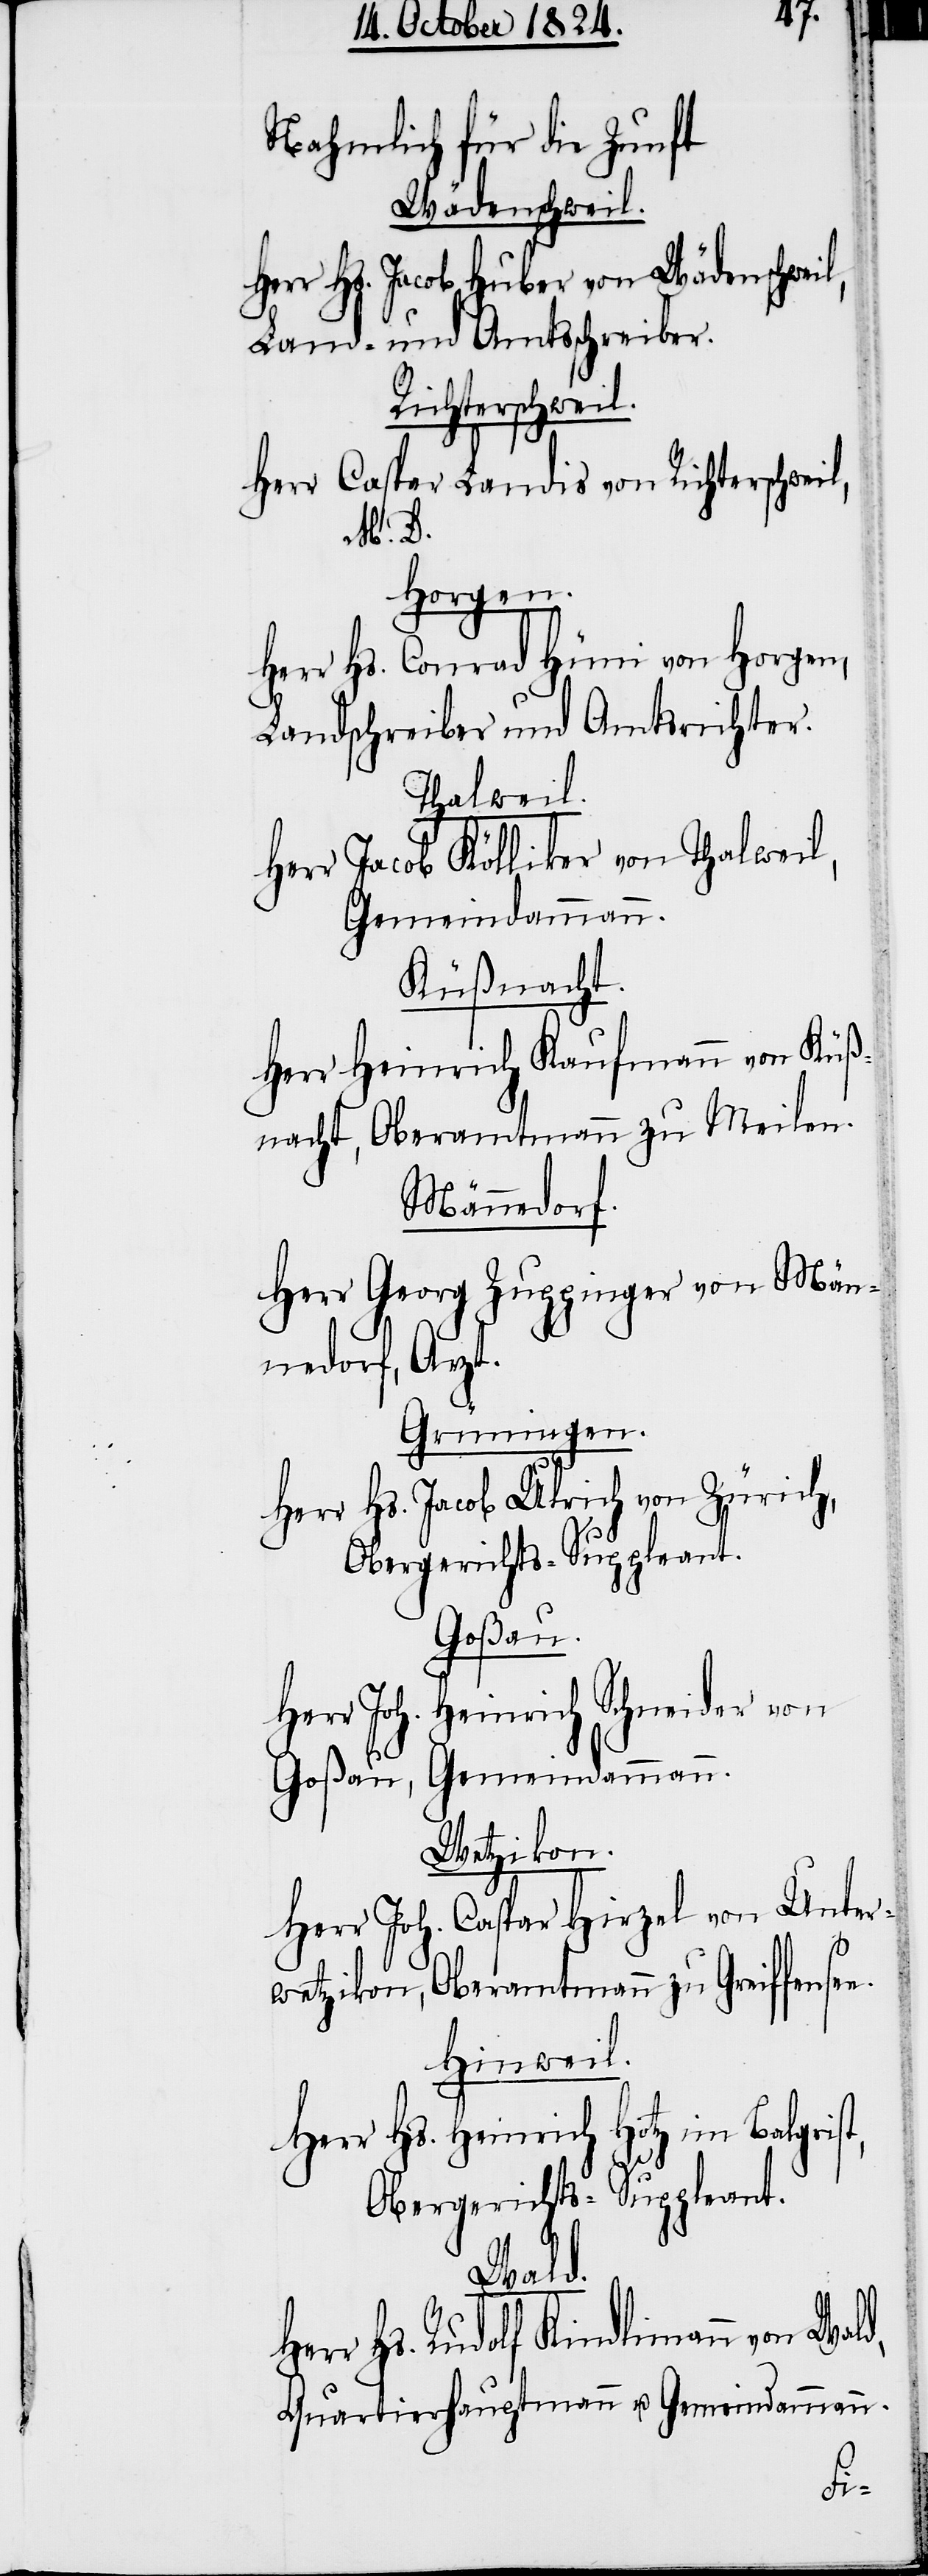
e.
Nahmlich für die Zunft
Wädenschweil.
Herr Hs. Jacob Huber von Wädenschweil,
Land- und Amtsschreiber.
Richterschweil.
Herr Caspar Landis von Richterschwei¬
M. D.
Horgen.
Herr Hs. Conrad Hüni von Horgen,
Landschreiber und Amtsrichter.
Thalweil.
Herr Jacob Kölliker von Thalweil,
Gemeindammann.
Küßnacht.
Herr Heinrich Kaufmann von Küß¬
nacht, Oberamtmann zu Meilen.
Männedorf.
Herr Georg Zuppinger von Män¬
l,
nedorf, Arzt.
Grüningen.
Herr Hs. Jacob Ulrich von Zürich,
Obergerichts-Suppleant.
Goßau.
Herr Joh. Heinrich Schneider von
Goßau, Gemeindammann.
Wetzikon.
Herr Joh. Caspar Hirzel von Unter¬
wetzikon, Oberamtmann zu Greiffense¬
Hinweil.
Herr Hs. Heinrich Hotz im Balgrist,
Obergerichts-Suppleant.
Wald,
rr Hs. Rudolf Kindlimann von
Quartierhauptmann u. Gemeindammann.
He¬